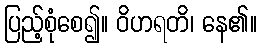
ပြည့်စုံစေ၍။ ဝိဟရတိ၊ နေ၏။